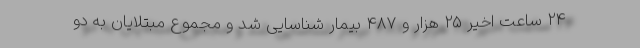
۲۴ ساعت اخیر ۲۵ هزار و ۴۸۷ بیمار شناسایی شد و مجموع مبتلایان به دو